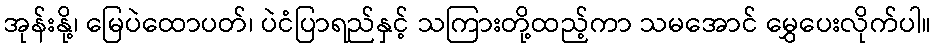
အုန်းနို့၊ မြေပဲထောပတ်၊ ပဲငံပြာရည်နှင့် သကြားတို့ထည့်ကာ သမအောင် မွှေပေးလိုက်ပါ။